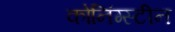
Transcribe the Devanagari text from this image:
कोनिंग्स्टीन